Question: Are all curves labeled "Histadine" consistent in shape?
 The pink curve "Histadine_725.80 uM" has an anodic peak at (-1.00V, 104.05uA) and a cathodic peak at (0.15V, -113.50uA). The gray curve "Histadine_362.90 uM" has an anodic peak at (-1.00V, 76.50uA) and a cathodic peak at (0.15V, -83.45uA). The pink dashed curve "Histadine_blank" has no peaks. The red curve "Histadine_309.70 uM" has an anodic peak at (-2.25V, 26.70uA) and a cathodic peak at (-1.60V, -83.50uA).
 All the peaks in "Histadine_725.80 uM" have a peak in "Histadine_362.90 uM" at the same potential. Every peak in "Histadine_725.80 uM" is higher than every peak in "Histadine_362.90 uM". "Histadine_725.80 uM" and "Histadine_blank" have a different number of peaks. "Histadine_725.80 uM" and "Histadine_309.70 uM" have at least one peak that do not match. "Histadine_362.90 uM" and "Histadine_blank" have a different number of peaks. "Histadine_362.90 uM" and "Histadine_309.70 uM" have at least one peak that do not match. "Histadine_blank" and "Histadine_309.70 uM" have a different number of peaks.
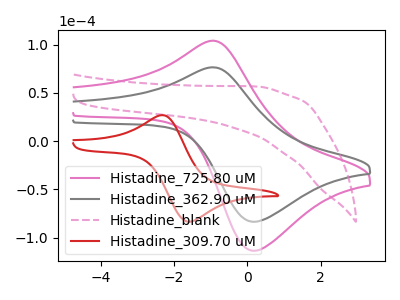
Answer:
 <answer>All the CV's of "Histadine" have similar shape.</answer>
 <eval>follow_rule</eval>